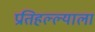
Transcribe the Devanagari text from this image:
प्रतिहल्ल्याला